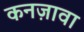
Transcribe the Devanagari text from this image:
कनज़ावा